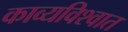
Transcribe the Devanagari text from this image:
काव्यविश्वात